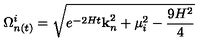
\Omega _ { n ( t ) } ^ { i } = \sqrt { e ^ { - 2 H t } { \bf k } _ { n } ^ { 2 } + \mu _ { i } ^ { 2 } - \frac { 9 H ^ { 2 } } { 4 } }